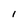
Character: l